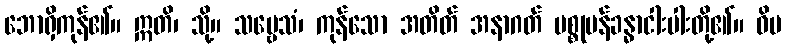
ဘောရှိကုန်၏။ ဣတိ၊ သို့။ သဗ္ဗေသံ၊ ကုန်သော အတိတ် အနာဂတ် ပစ္စုပန်ခန္ဓာငါးပါးတို့၏။ ဝိပ